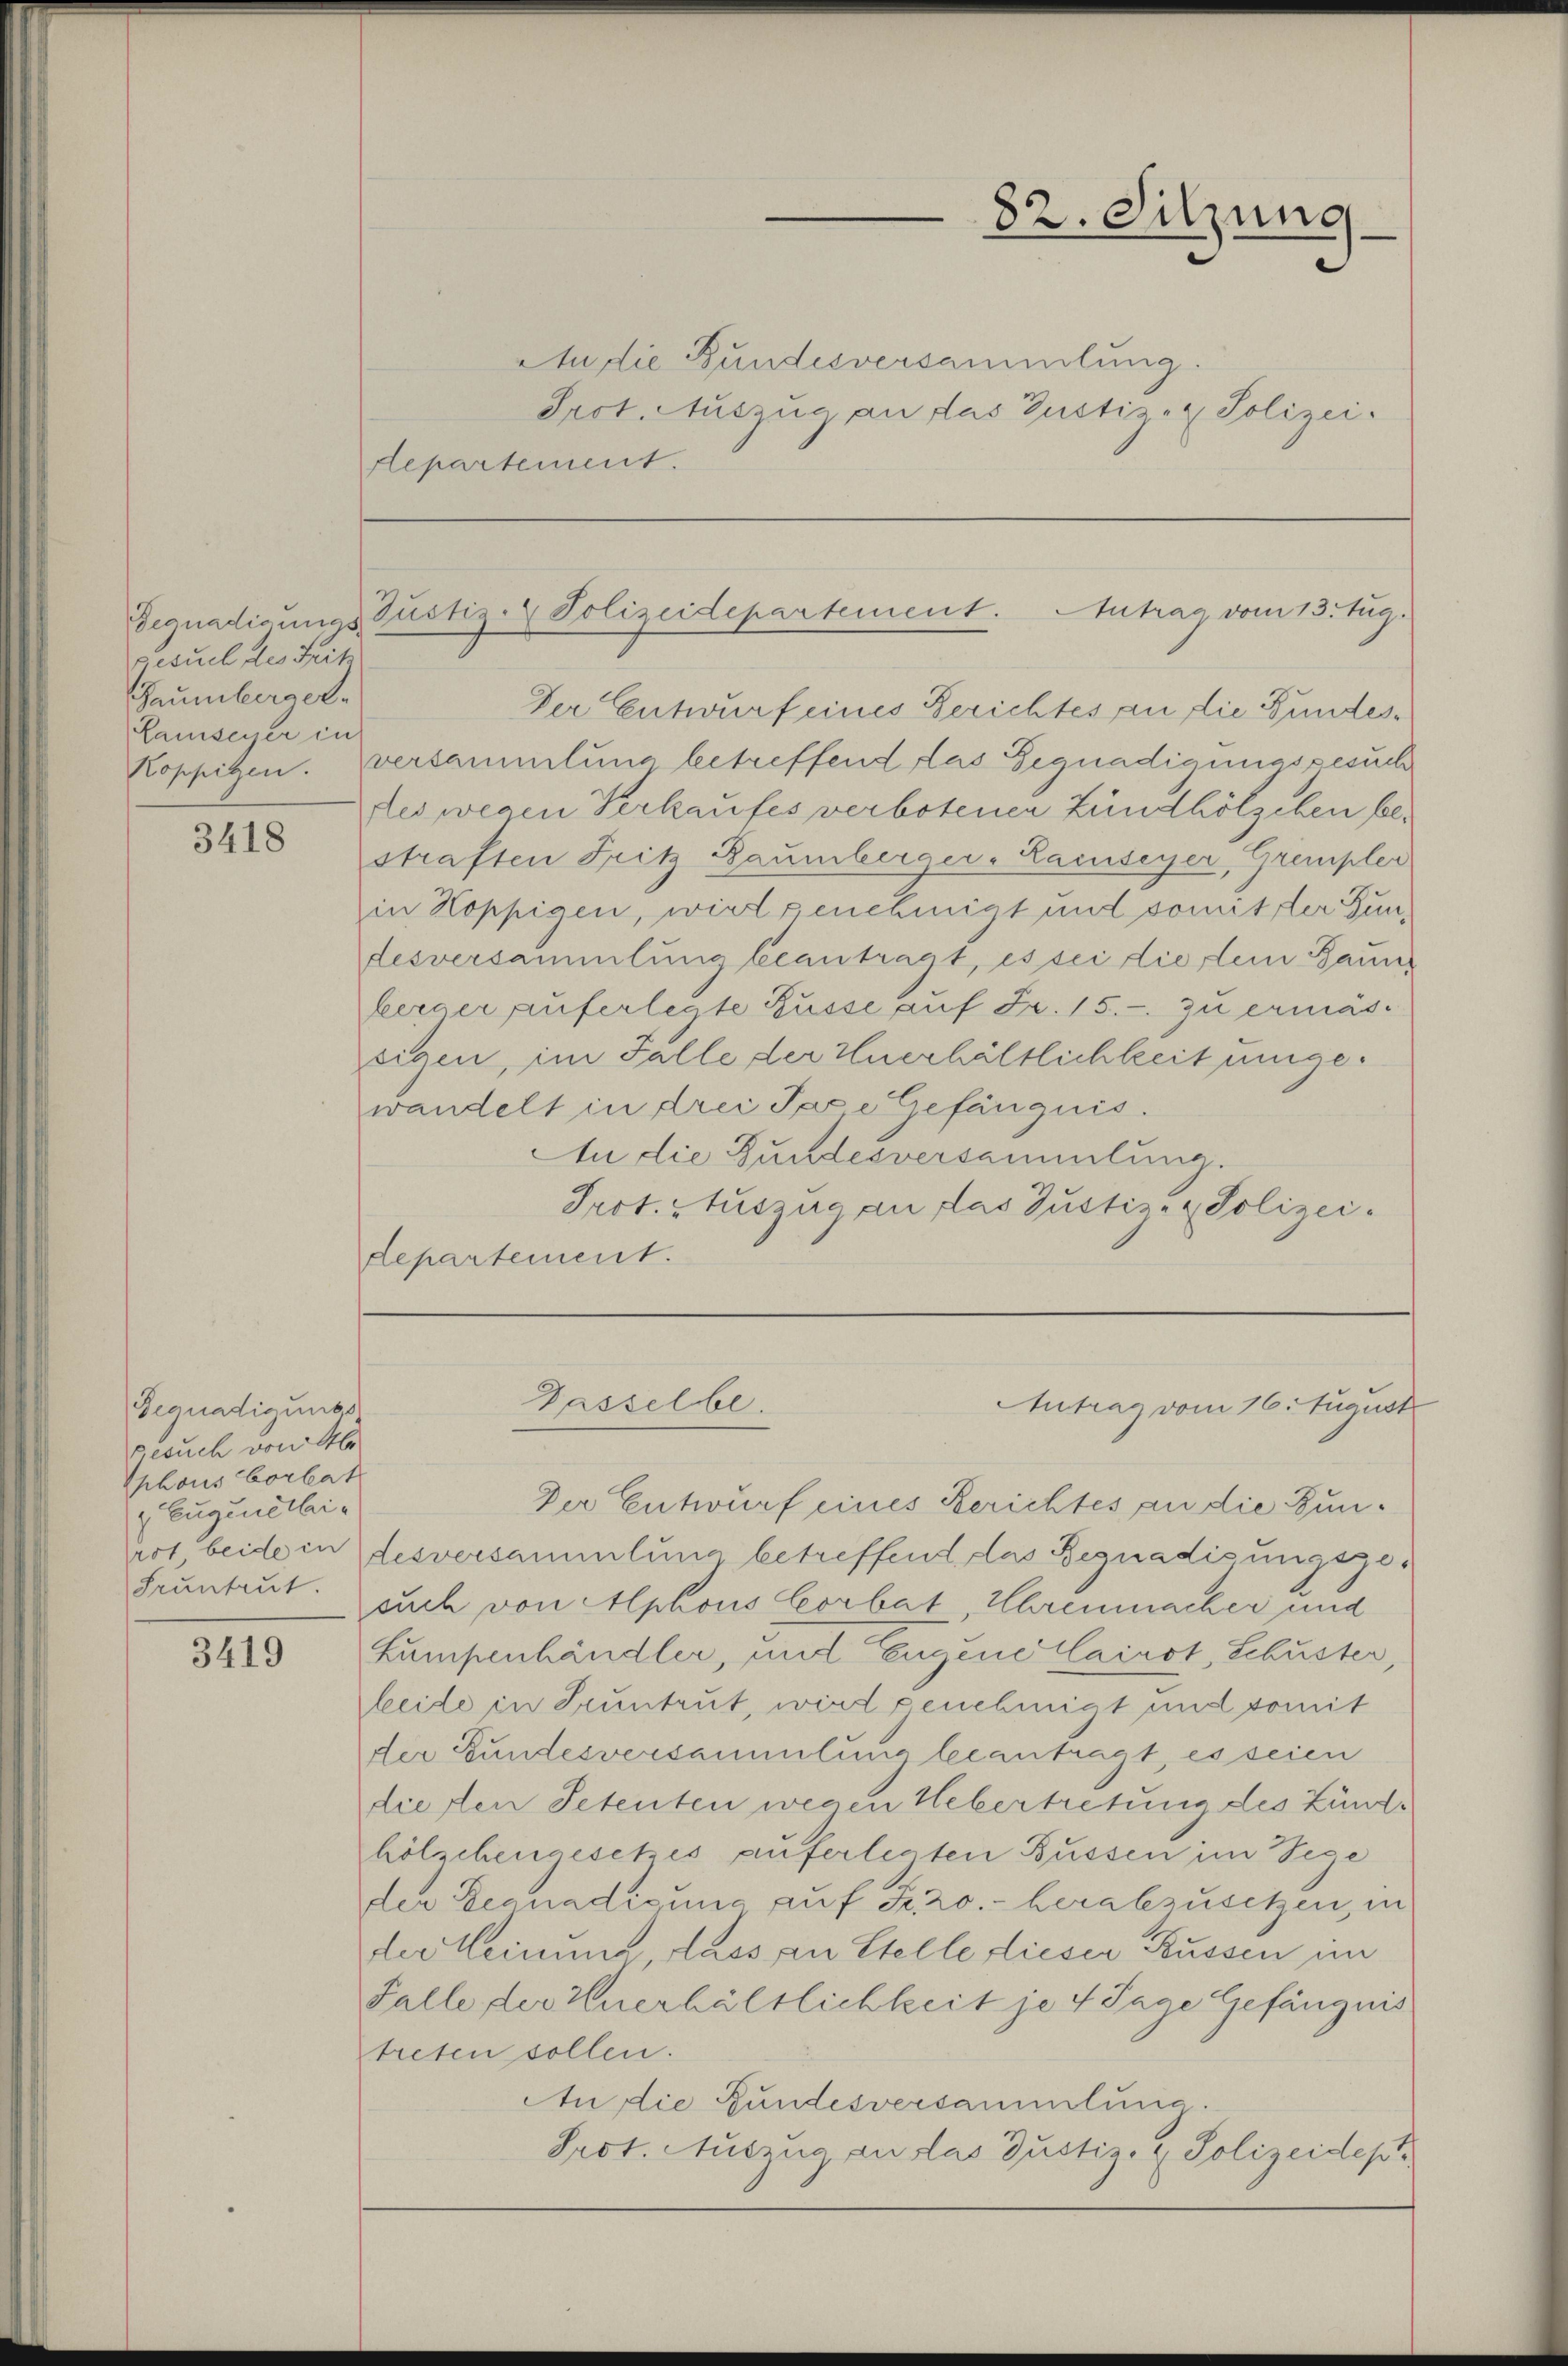
gesuch des Fritz
Saumberger-
Lamseyer in

3418

Gegnadigungs
gesuch von Ab
phous borlat
 Eugen ethi¬
Fruntrut.

3419

An die Bundesversammlung.
Pect. Auszug an das Gustiz- & Polizei.
Repartement.

Der Entwurf eines Berichtes an die Bundes¬
Koppitzen. Versammlung betreffend das Gegnadigungsgesuch
des wegen Verkaufes verbotenen Lundhölzchen bestraften Fritz Baumberger-Lamseyer, Grempler
in Koppigen, wirt genehmigt und somit der Zundesversammlung beantragt, es sei die dein Baum
Heerger auferlegte Russe auf Fr. 15. - zu ermässigen, im Falle der Euerhältlichkeit ungewandelt in drei Tage Gefängnis.
An die Gundesversammlung.
Sect. Auszug an das Justiz- & Polizei.
departement.

Der Entwurf eines Berichtes an die Bunrot beide indesversammlung betreffend das Begnadisungszeauch von Alphons Corbat Ehrenmacher und
Lumpenhändler, und Eugene Cairot, Schuster,
leide in Seuntrut, wird genehmigt und somit
der Bundesversammlung beantragt, es seien
diesen Petenten wegen Uebertretung des Zündhölschengesetzes auferlegten Büssen im Sege
der Begnadigung auf Sizo. - herabzusetzen, in
der Meinung dass an Stelle dieser Bussen im
Falle der Zuerhältlichkeit je 4 Tage Gefängnis
treten sollen.
An die Gundesversammlung.
Prot. Auszug an das Justiz- & Polizeidept

82. Sitzung

Begnadigungs Justiz- & Polizeidepartement. Antrag vom 13. Zug.

Gasselbe.
Antrag vom 16. August